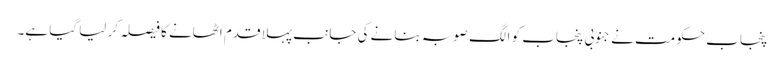
پنجاب حکومت نے جنوبی پنجاب کو الگ صوبہ بنانے کی جانب پہلا قدم اٹھانے کا فیصلہ کر لیا گیا ہے۔